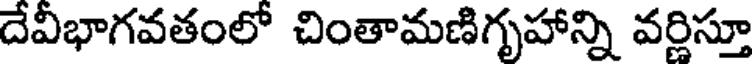
దేవీభాగవతంలో చింతామణిగృహాన్ని వర్ణిస్తూ